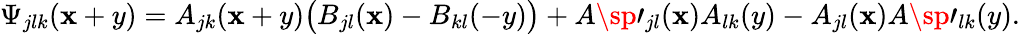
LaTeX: \Psi_{jlk}(\mathbf{x}+y)=A_{jk}(\mathbf{x}+y)\big(B_{jl}(\mathbf{x})-B_{kl}(-y)\big)+A\sp\prime_{jl}(\mathbf{x})A_{lk}(y)-A_{jl}(\mathbf{x})A\sp\prime_{lk}(y).